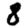
Digit: 8